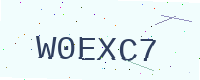
Text: W0EXC7